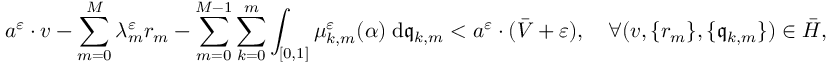
a ^ { \varepsilon } \cdot v - \sum _ { m = 0 } ^ { M } \lambda _ { m } ^ { \varepsilon } r _ { m } - \sum _ { m = 0 } ^ { M - 1 } \sum _ { k = 0 } ^ { m } \int _ { [ 0 , 1 ] } \mu _ { k , m } ^ { \varepsilon } ( \alpha ) \; \mathrm { d } \mathfrak { q } _ { k , m } < a ^ { \varepsilon } \cdot ( \bar { V } + \varepsilon ) , \ \ \ \forall ( v , \{ r _ { m } \} , \{ \mathfrak { q } _ { k , m } \} ) \in \bar { H } ,